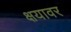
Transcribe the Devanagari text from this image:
क्षयावर